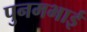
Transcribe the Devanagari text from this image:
पुनमभाई